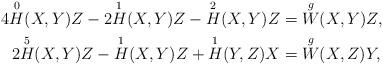
LaTeX: \begin{align*}4\overset{0}{H} (X,Y)Z - 2 \overset{1}{H} (X,Y)Z - \overset{2}{H} (X,Y)Z & = \overset{g}{W} (X,Y)Z, \\2\overset{5}{H} (X,Y)Z - \overset{1}{H} (X,Y)Z + \overset{1}{H} (Y,Z)X & = \overset{g}{W} (X,Z)Y,\end{align*}